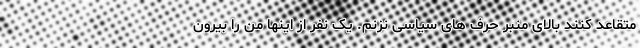
متقاعد کنند بالای منبر حرف های سیاسی نزنم. یک نفر از اینها من را بیرون